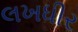
લખધીર